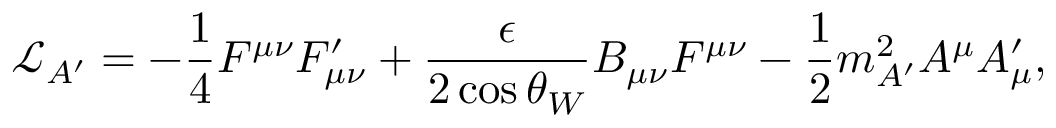
\mathcal { L } _ { A ^ { \prime } } = - \frac { 1 } { 4 } F ^ { \mu \nu } F _ { \mu \nu } ^ { \prime } + \frac { \epsilon } { 2 \cos \theta _ { W } } B _ { \mu \nu } F ^ { \mu \nu } - \frac { 1 } { 2 } m _ { A ^ { \prime } } ^ { 2 } A ^ { \mu } A _ { \mu } ^ { \prime } ,